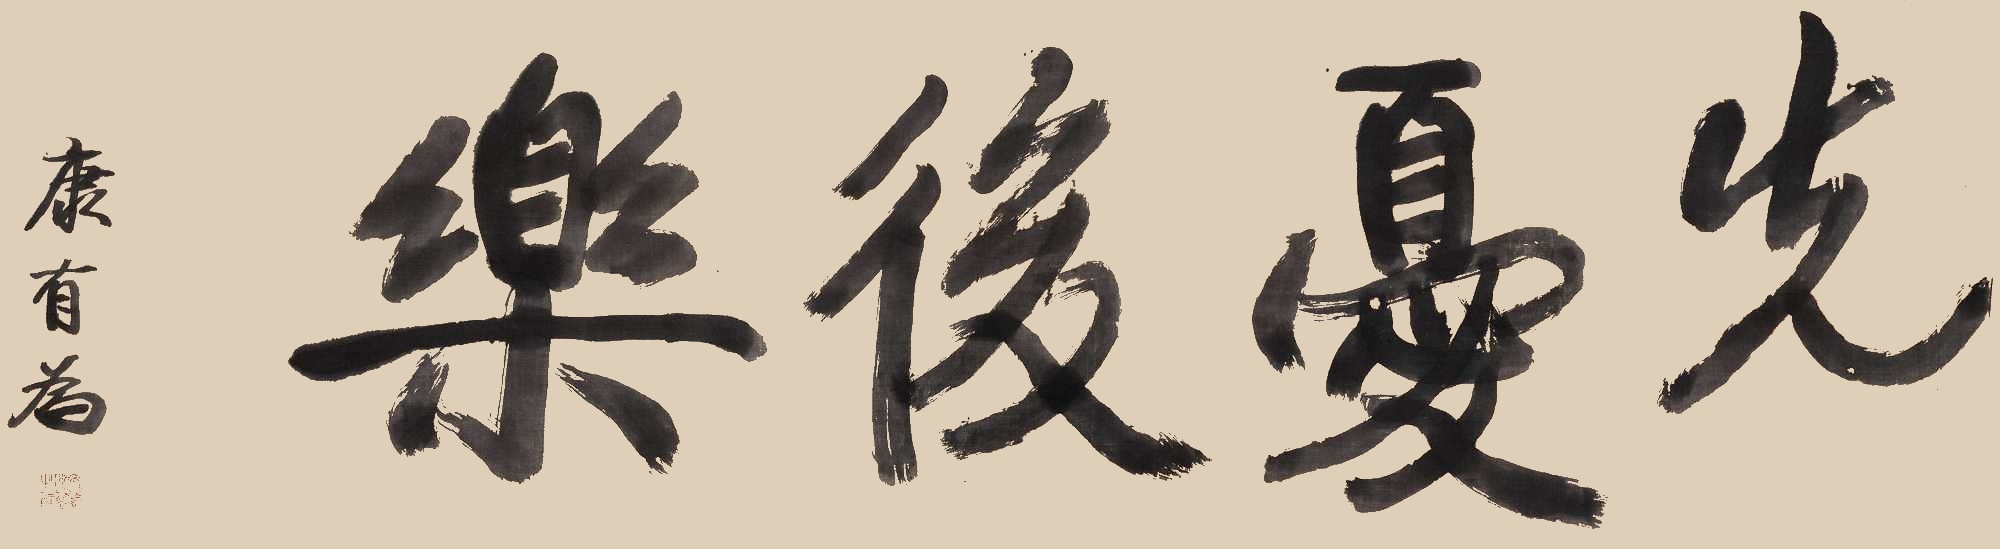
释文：先忧后乐康有为。